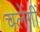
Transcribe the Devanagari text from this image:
चलेंगीं